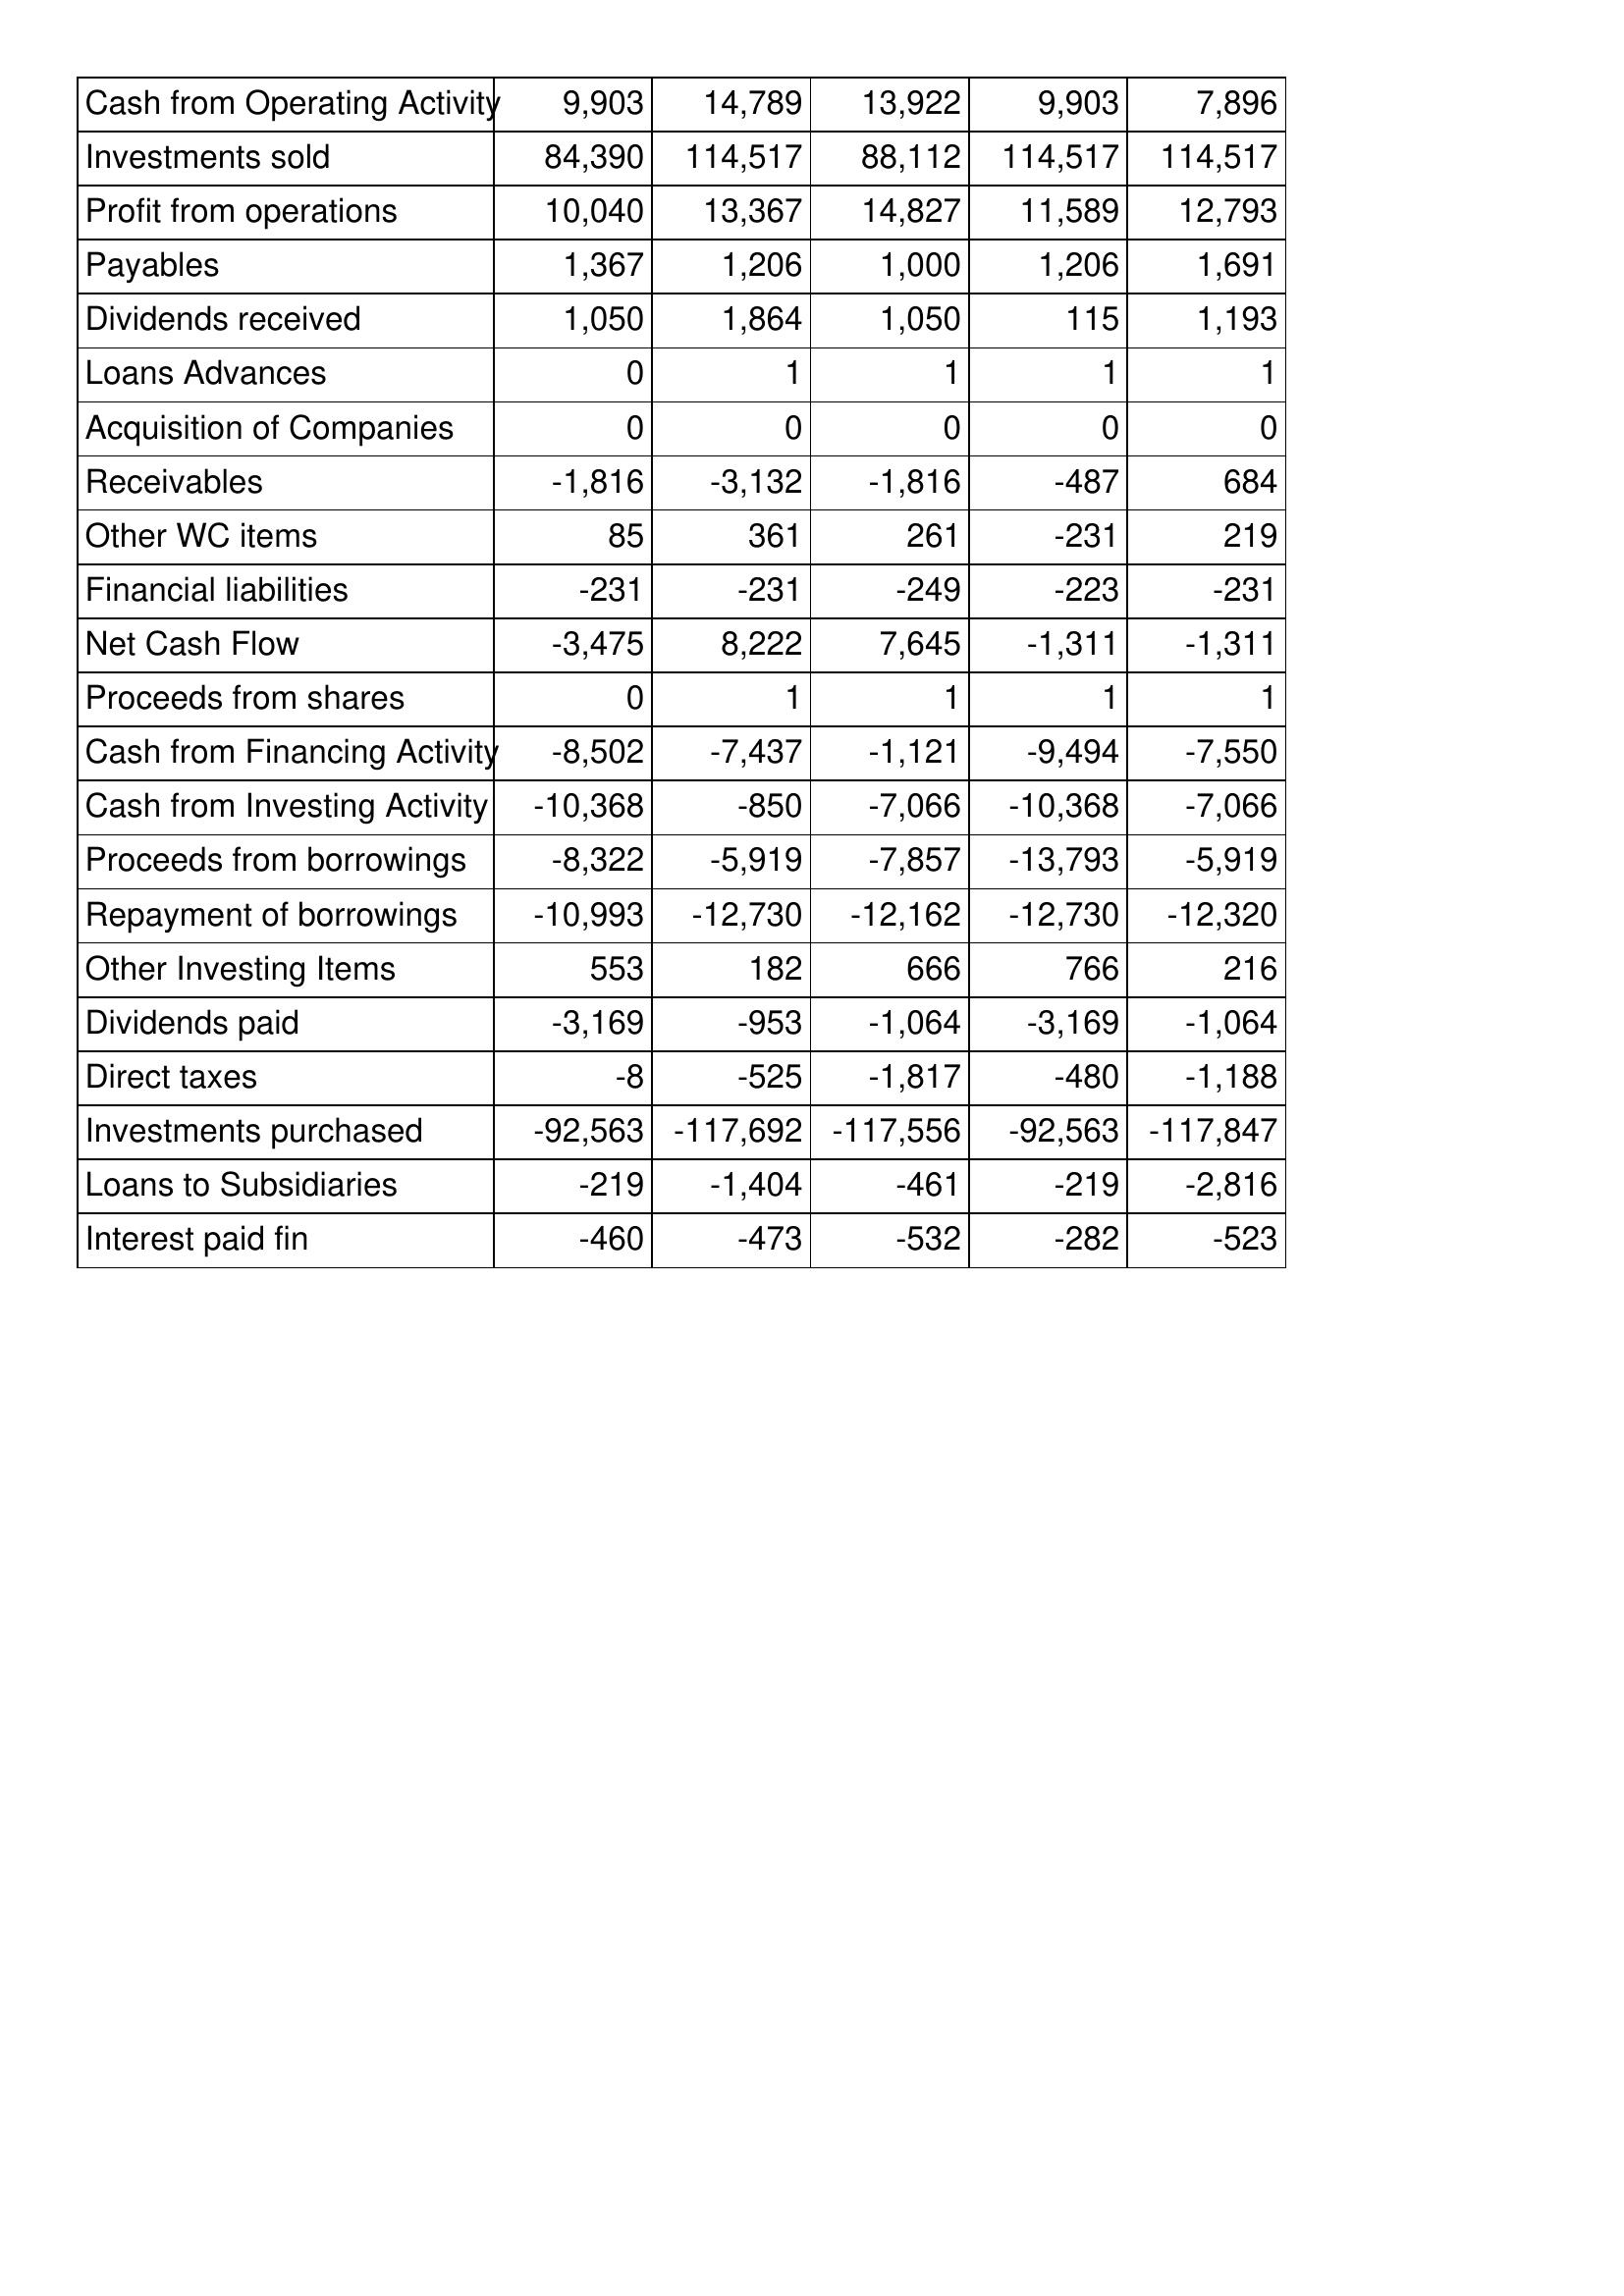
Apr-13: Cash Flows: Cash from Operating Activity: 9,903
Investments sold: 84,390
Profit from operations: 10,040
Payables: 1,367
Dividends received: 1,050
Loans Advances: 0
Acquisition of Companies: 0
Receivables: -1,816
Other WC items: 85
Financial liabilities: -231
Net Cash Flow: -3,475
Proceeds from shares: 0
Cash from Financing Activity: -8,502
Cash from Investing Activity: -10,368
Proceeds from borrowings: -8,322
Repayment of borrowings: -10,993
Other Investing Items: 553
Dividends paid: -3,169
Direct taxes: -8
Investments purchased: -92,563
Loans to Subsidiaries: -219
Interest paid fin: -460
Apr-12: Cash Flows: Cash from Operating Activity: 14,789
Investments sold: 114,517
Profit from operations: 13,367
Payables: 1,206
Dividends received: 1,864
Loans Advances: 1
Acquisition of Companies: 0
Receivables: -3,132
Other WC items: 361
Financial liabilities: -231
Net Cash Flow: 8,222
Proceeds from shares: 1
Cash from Financing Activity: -7,437
Cash from Investing Activity: -850
Proceeds from borrowings: -5,919
Repayment of borrowings: -12,730
Other Investing Items: 182
Dividends paid: -953
Direct taxes: -525
Investments purchased: -117,692
Loans to Subsidiaries: -1,404
Interest paid fin: -473
Apr-11: Cash Flows: Cash from Operating Activity: 13,922
Investments sold: 88,112
Profit from operations: 14,827
Payables: 1,000
Dividends received: 1,050
Loans Advances: 1
Acquisition of Companies: 0
Receivables: -1,816
Other WC items: 261
Financial liabilities: -249
Net Cash Flow: 7,645
Proceeds from shares: 1
Cash from Financing Activity: -1,121
Cash from Investing Activity: -7,066
Proceeds from borrowings: -7,857
Repayment of borrowings: -12,162
Other Investing Items: 666
Dividends paid: -1,064
Direct taxes: -1,817
Investments purchased: -117,556
Loans to Subsidiaries: -461
Interest paid fin: -532
Apr-10: Cash Flows: Cash from Operating Activity: 9,903
Investments sold: 114,517
Profit from operations: 11,589
Payables: 1,206
Dividends received: 115
Loans Advances: 1
Acquisition of Companies: 0
Receivables: -487
Other WC items: -231
Financial liabilities: -223
Net Cash Flow: -1,311
Proceeds from shares: 1
Cash from Financing Activity: -9,494
Cash from Investing Activity: -10,368
Proceeds from borrowings: -13,793
Repayment of borrowings: -12,730
Other Investing Items: 766
Dividends paid: -3,169
Direct taxes: -480
Investments purchased: -92,563
Loans to Subsidiaries: -219
Interest paid fin: -282
Apr-09: Cash Flows: Cash from Operating Activity: 7,896
Investments sold: 114,517
Profit from operations: 12,793
Payables: 1,691
Dividends received: 1,193
Loans Advances: 1
Acquisition of Companies: 0
Receivables: 684
Other WC items: 219
Financial liabilities: -231
Net Cash Flow: -1,311
Proceeds from shares: 1
Cash from Financing Activity: -7,550
Cash from Investing Activity: -7,066
Proceeds from borrowings: -5,919
Repayment of borrowings: -12,320
Other Investing Items: 216
Dividends paid: -1,064
Direct taxes: -1,188
Investments purchased: -117,847
Loans to Subsidiaries: -2,816
Interest paid fin: -523